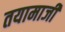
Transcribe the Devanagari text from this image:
तयामाजीं